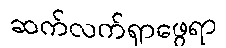
ဆက်လက်ရှာဖွေရာ